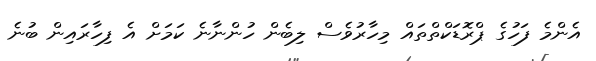
އެންމެ ފަހުގެ ޕްރޮޑަކްތްތައް މިހާރުވެސް ލިބެން ހުންނާނެ ކަމަށް އެ ފިހާރައިން ބުނެ